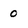
Character: 0